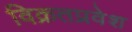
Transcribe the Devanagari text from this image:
विक्रतप्रवेश